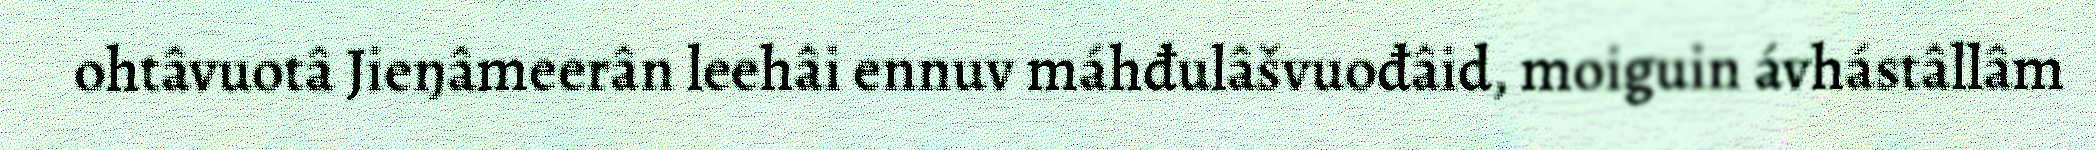
ohtâvuotâ Jieŋâmeerân leehâi ennuv máhđulâšvuođâid, moiguin ávhástâllâm